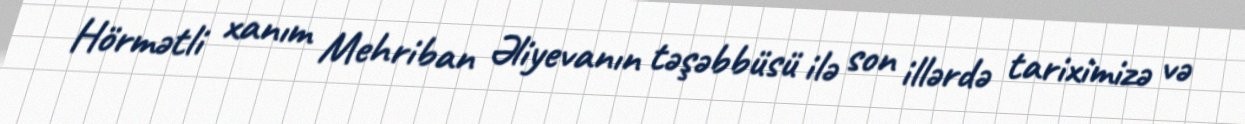
Hörmətli xanım Mehriban Əliyevanın təşəbbüsü ilə son illərdə tariximizə və